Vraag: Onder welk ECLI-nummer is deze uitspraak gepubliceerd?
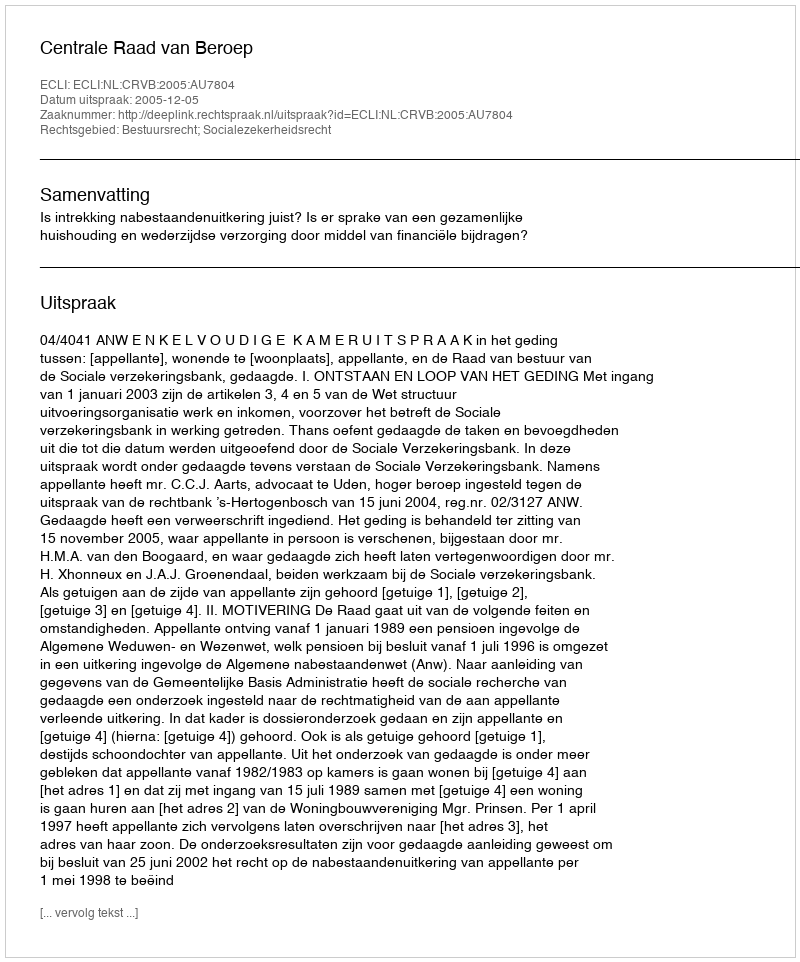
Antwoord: ECLI:NL:CRVB:2005:AU7804